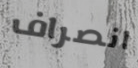
انصراف